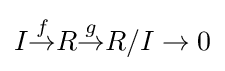
I{\stackrel {f}{\to }}R{\stackrel {g}{\to }}R/I\to 0